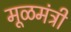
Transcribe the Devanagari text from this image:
मूळमंत्री